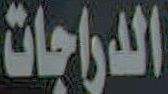
الدراجات